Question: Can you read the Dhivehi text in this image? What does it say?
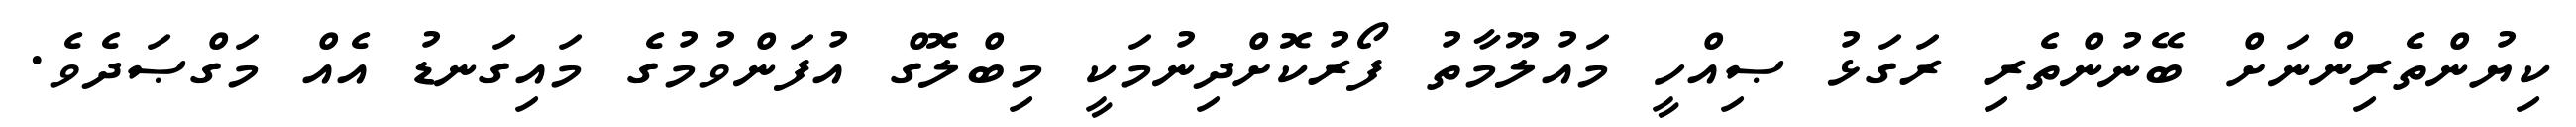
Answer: ކިޔުންތެރިންނަށް ބޭނުންތެރި ރަގަޅު ޞިއްހީ މައުލޫމާތު ފޯރުކޮށްދިނުމަކީ މިބްލޮގް އުފަންވުމުގެ މައިގަނޑު އެއް މަގްޞަދެވެ.